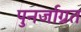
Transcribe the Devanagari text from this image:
पुनर्जाग्रत